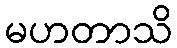
မဟတာသိ